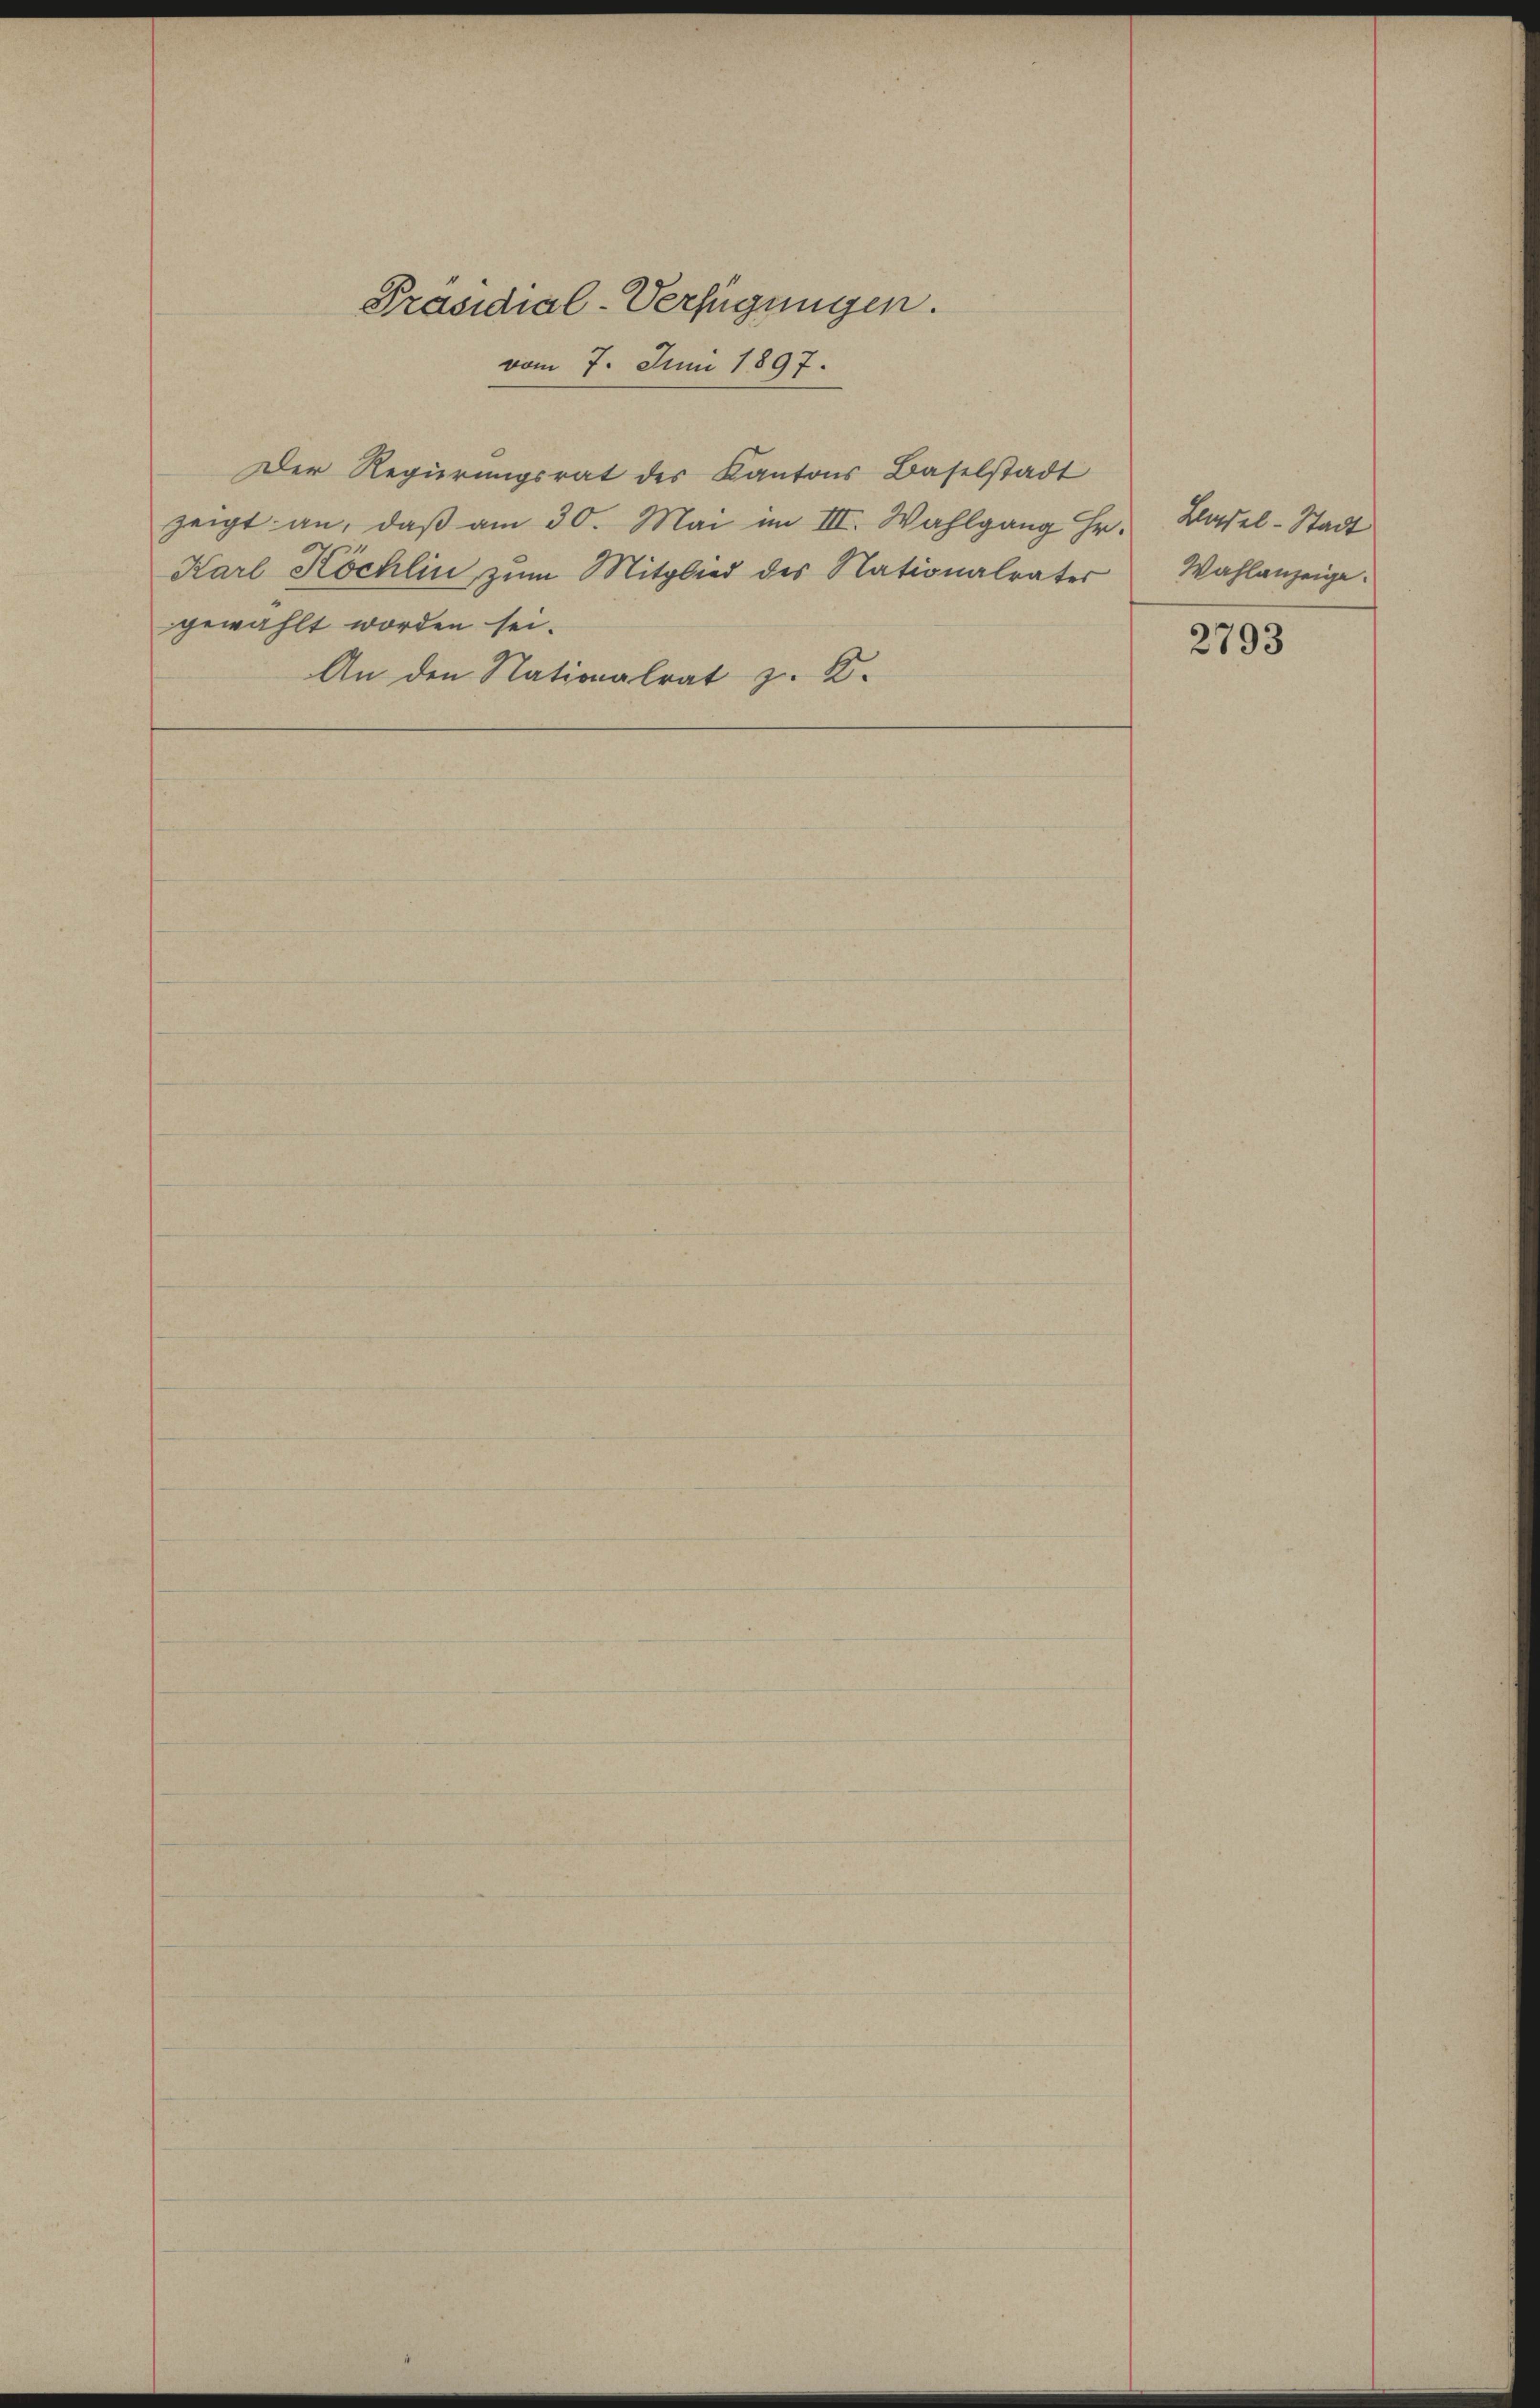
Präsidial-Verfügungen.
vom 7. Juni 1897.

Der Regierungsrat des Kantons Baselstadt
zeigt an, daß am 30. Mai im III. Wahlgang Hr. Basel-Stadt
Karl Köchlin zŭm Mitglied des Nationalrater Wahlanzeige.
gewählt worden sei.
An den Nationalrat z. K.

2793